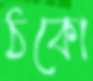
ঠকো